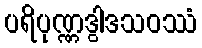
ပရိပုဏ္ဏဒွါဒသဝဿံ